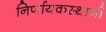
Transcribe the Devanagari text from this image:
निर्णायकस्थानी